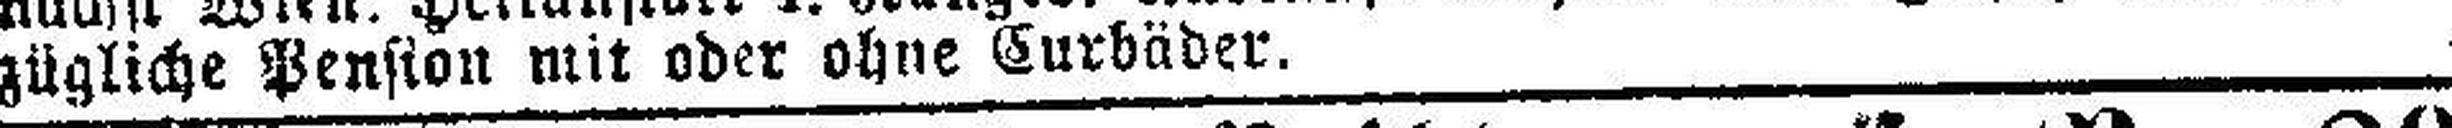
zügliche Pension mit oder ohne Curbäder.